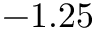
- 1 . 2 5